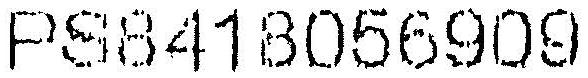
PS8418056909